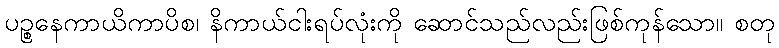
ပဉ္စနေကာယိကာပိစ၊ နိကာယ်ငါးရပ်လုံးကို ဆောင်သည်လည်းဖြစ်ကုန်သော။ စတု